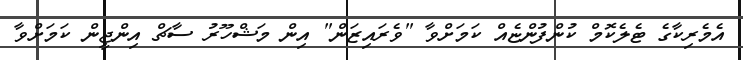
އެމެރިކާގެ ޓެލެކޮމް ކުންފުންޏެއް ކަމަށްވާ "ވެރައިޒަން" އިން މަޝްހޫރު ސާޗް އިންޖީން ކަމަށްވާ